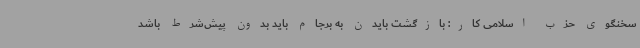
سخنگوی حزب اسلامی کار: بازگشت بایدن به برجام باید بدون پیش‌شرط باشد